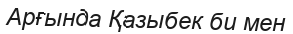
Арғында Қазыбек би мен